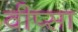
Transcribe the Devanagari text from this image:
वीप्सा